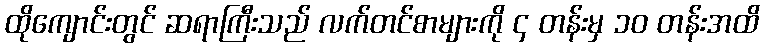
ထိုကျောင်းတွင် ဆရာကြီးသည် လက်တင်စာများကို ၄ တန်းမှ ၁၀ တန်းအထိ